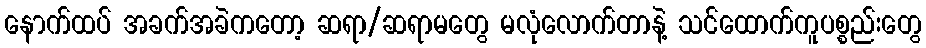
နောက်ထပ် အခက်အခဲကတော့ ဆရာ/ဆရာမတွေ မလုံလောက်တာနဲ့ သင်ထောက်ကူပစ္စည်းတွေ